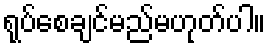
ရုပ်စေချင်မည်မဟုတ်ပါ။